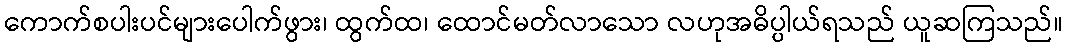
ကောက်စပါးပင်များပေါက်ဖွား၊ ထွက်ထ၊ ထောင်မတ်လာသော လဟုအဓိပ္ပါယ်ရသည် ယူဆကြသည်။